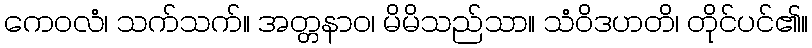
ကေဝလံ၊ သက်သက်။ အတ္တနာဝ၊ မိမိသည်သာ။ သံဝိဒဟတိ၊ တိုင်ပင်၏။